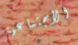
الأجتماعية